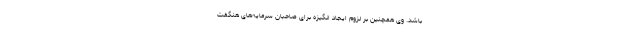
باشد. وی همچنین بر لزوم ایجاد انگیزه برای صاحبان سرمایه‌های هنگفت